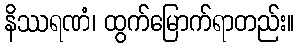
နိဿရဏံ၊ ထွက်မြောက်ရာတည်း။